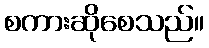
စကားဆိုစေသည်။